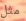
مثل